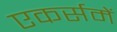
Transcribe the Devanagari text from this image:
एकर्समें